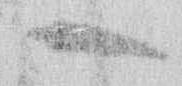
一